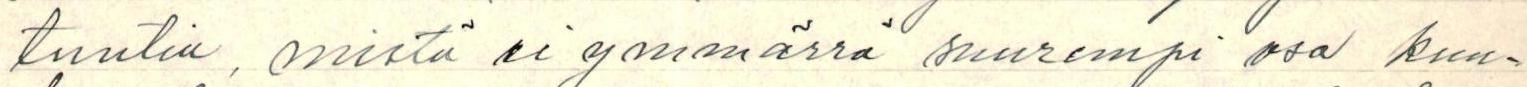
tuntia, mistä ei ymmärrä suurempi osa kuu-